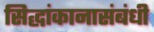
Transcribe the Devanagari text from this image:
सिद्धांकानासंबंधी